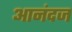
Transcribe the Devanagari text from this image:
आनंदज